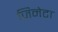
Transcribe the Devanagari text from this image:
जिनेटा